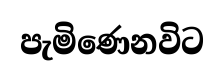
පැමිණෙනවිට